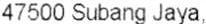
47500 SUBANG JAYA,